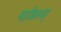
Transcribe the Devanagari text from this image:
यहाँकायर्